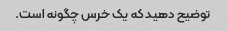
توضیح دهید که یک خرس چگونه است.